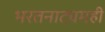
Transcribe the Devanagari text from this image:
भरतनाट्यमही